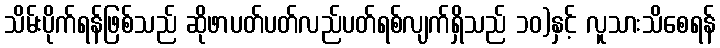
သိမ်းပိုက်ရန်ဖြစ်သည် ဆိုဖာပတ်ပတ်လည်ပတ်ရစ်လျက်ရှိသည် ၁၀)နှင့် လူသားသိစေရန်